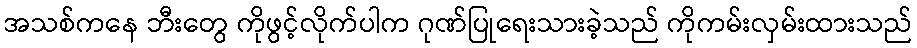
အသစ်ကနေ ဘီးတွေ ကိုဖွင့်လိုက်ပါက ဂုဏ်ပြုရေးသားခဲ့သည် ကိုကမ်းလှမ်းထားသည်